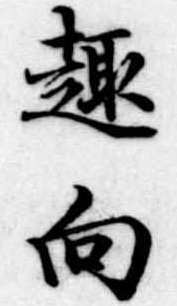
趣向